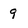
Character: 9